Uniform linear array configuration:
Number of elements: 12
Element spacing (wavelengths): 0.75
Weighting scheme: hann
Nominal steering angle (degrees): -60
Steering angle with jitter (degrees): -61.409
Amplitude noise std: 0.05
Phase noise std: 0.05

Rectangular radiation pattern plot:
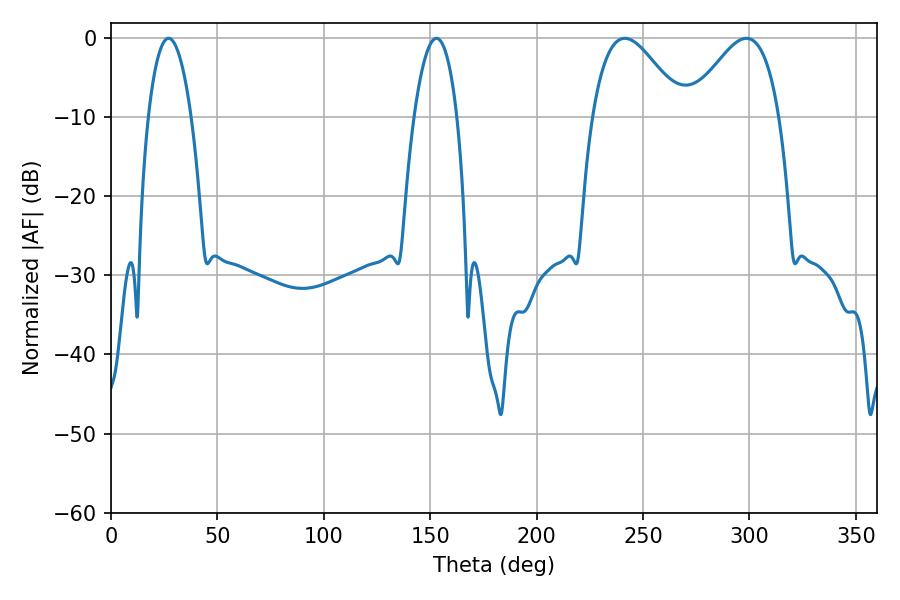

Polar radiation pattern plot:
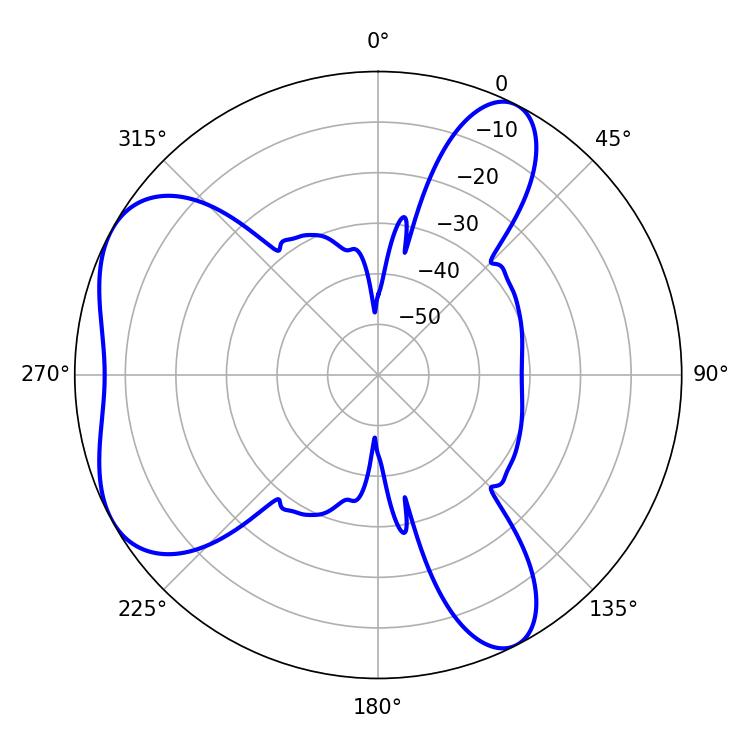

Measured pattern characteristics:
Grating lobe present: TRUE
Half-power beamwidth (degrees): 22.86
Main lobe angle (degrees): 241.38